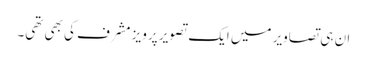
ان ہی تصاویر میں ایک تصویر پرویز مشرف کی بھی تھی۔